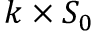
k \times S _ { 0 }